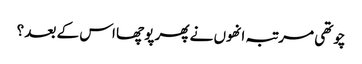
چوتھی مرتبہ انھوں نے پھر پوچھا اس کے بعد ؟